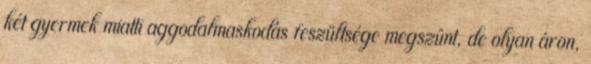
két gyermek miatti aggodalmaskodás feszültsége megszûnt, de olyan áron,